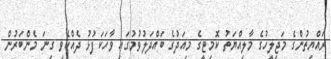
ރައްޔިތުންގެ މަޖިލީހުގެ މާލިއްޔަތު ކޮމިޓީގެ މިއަދުގެ ބައްދަލުވުމުގައި ވާހަކަފުޅު ދެއްކެވި ގިނަ މެންބަރުން